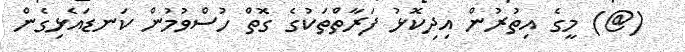
(@) މީގެ އިތުރުން އިދިކޮޅު ފަރާތްތަކުގެ ގޮތް ހުސްވުމުން ކަނޑައެޅިގެން